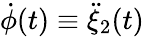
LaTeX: \dot{\phi}(t)\equiv\ddot{\xi}_{2}(t)